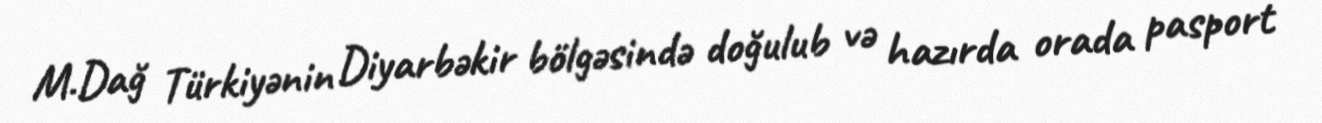
M.Dağ Türkiyənin Diyarbəkir bölgəsində doğulub və hazırda orada pasport